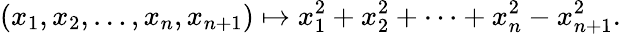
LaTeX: (x_{1},x_{2},\ldots,x_{n},x_{n+1})\mapsto x_{1}^{2}+x_{2}^{2}+\cdots+x_{n}^{2}-x_{n+1}^{2}.